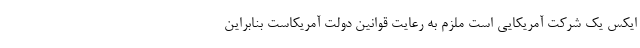
ایکس یک شرکت آمریکایی است ملزم به رعایت قوانین دولت آمریکاست بنابراین